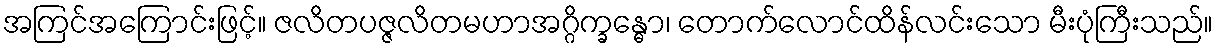
အကြင်အကြောင်းဖြင့်။ ဇလိတပဇ္ဇလိတမဟာအဂ္ဂိက္ခန္ဓော၊ တောက်လောင်ထိန်လင်းသော မီးပုံကြီးသည်။